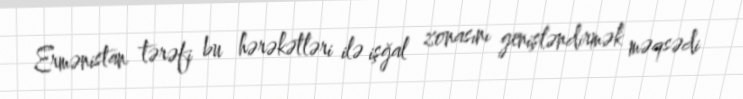
Ermənistan tərəfi bu hərəkətləri ilə işğal zonasını genişləndirmək məqsədi